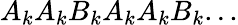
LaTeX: A_{k}A_{k}B_{k}A_{k}A_{k}B_{k}...